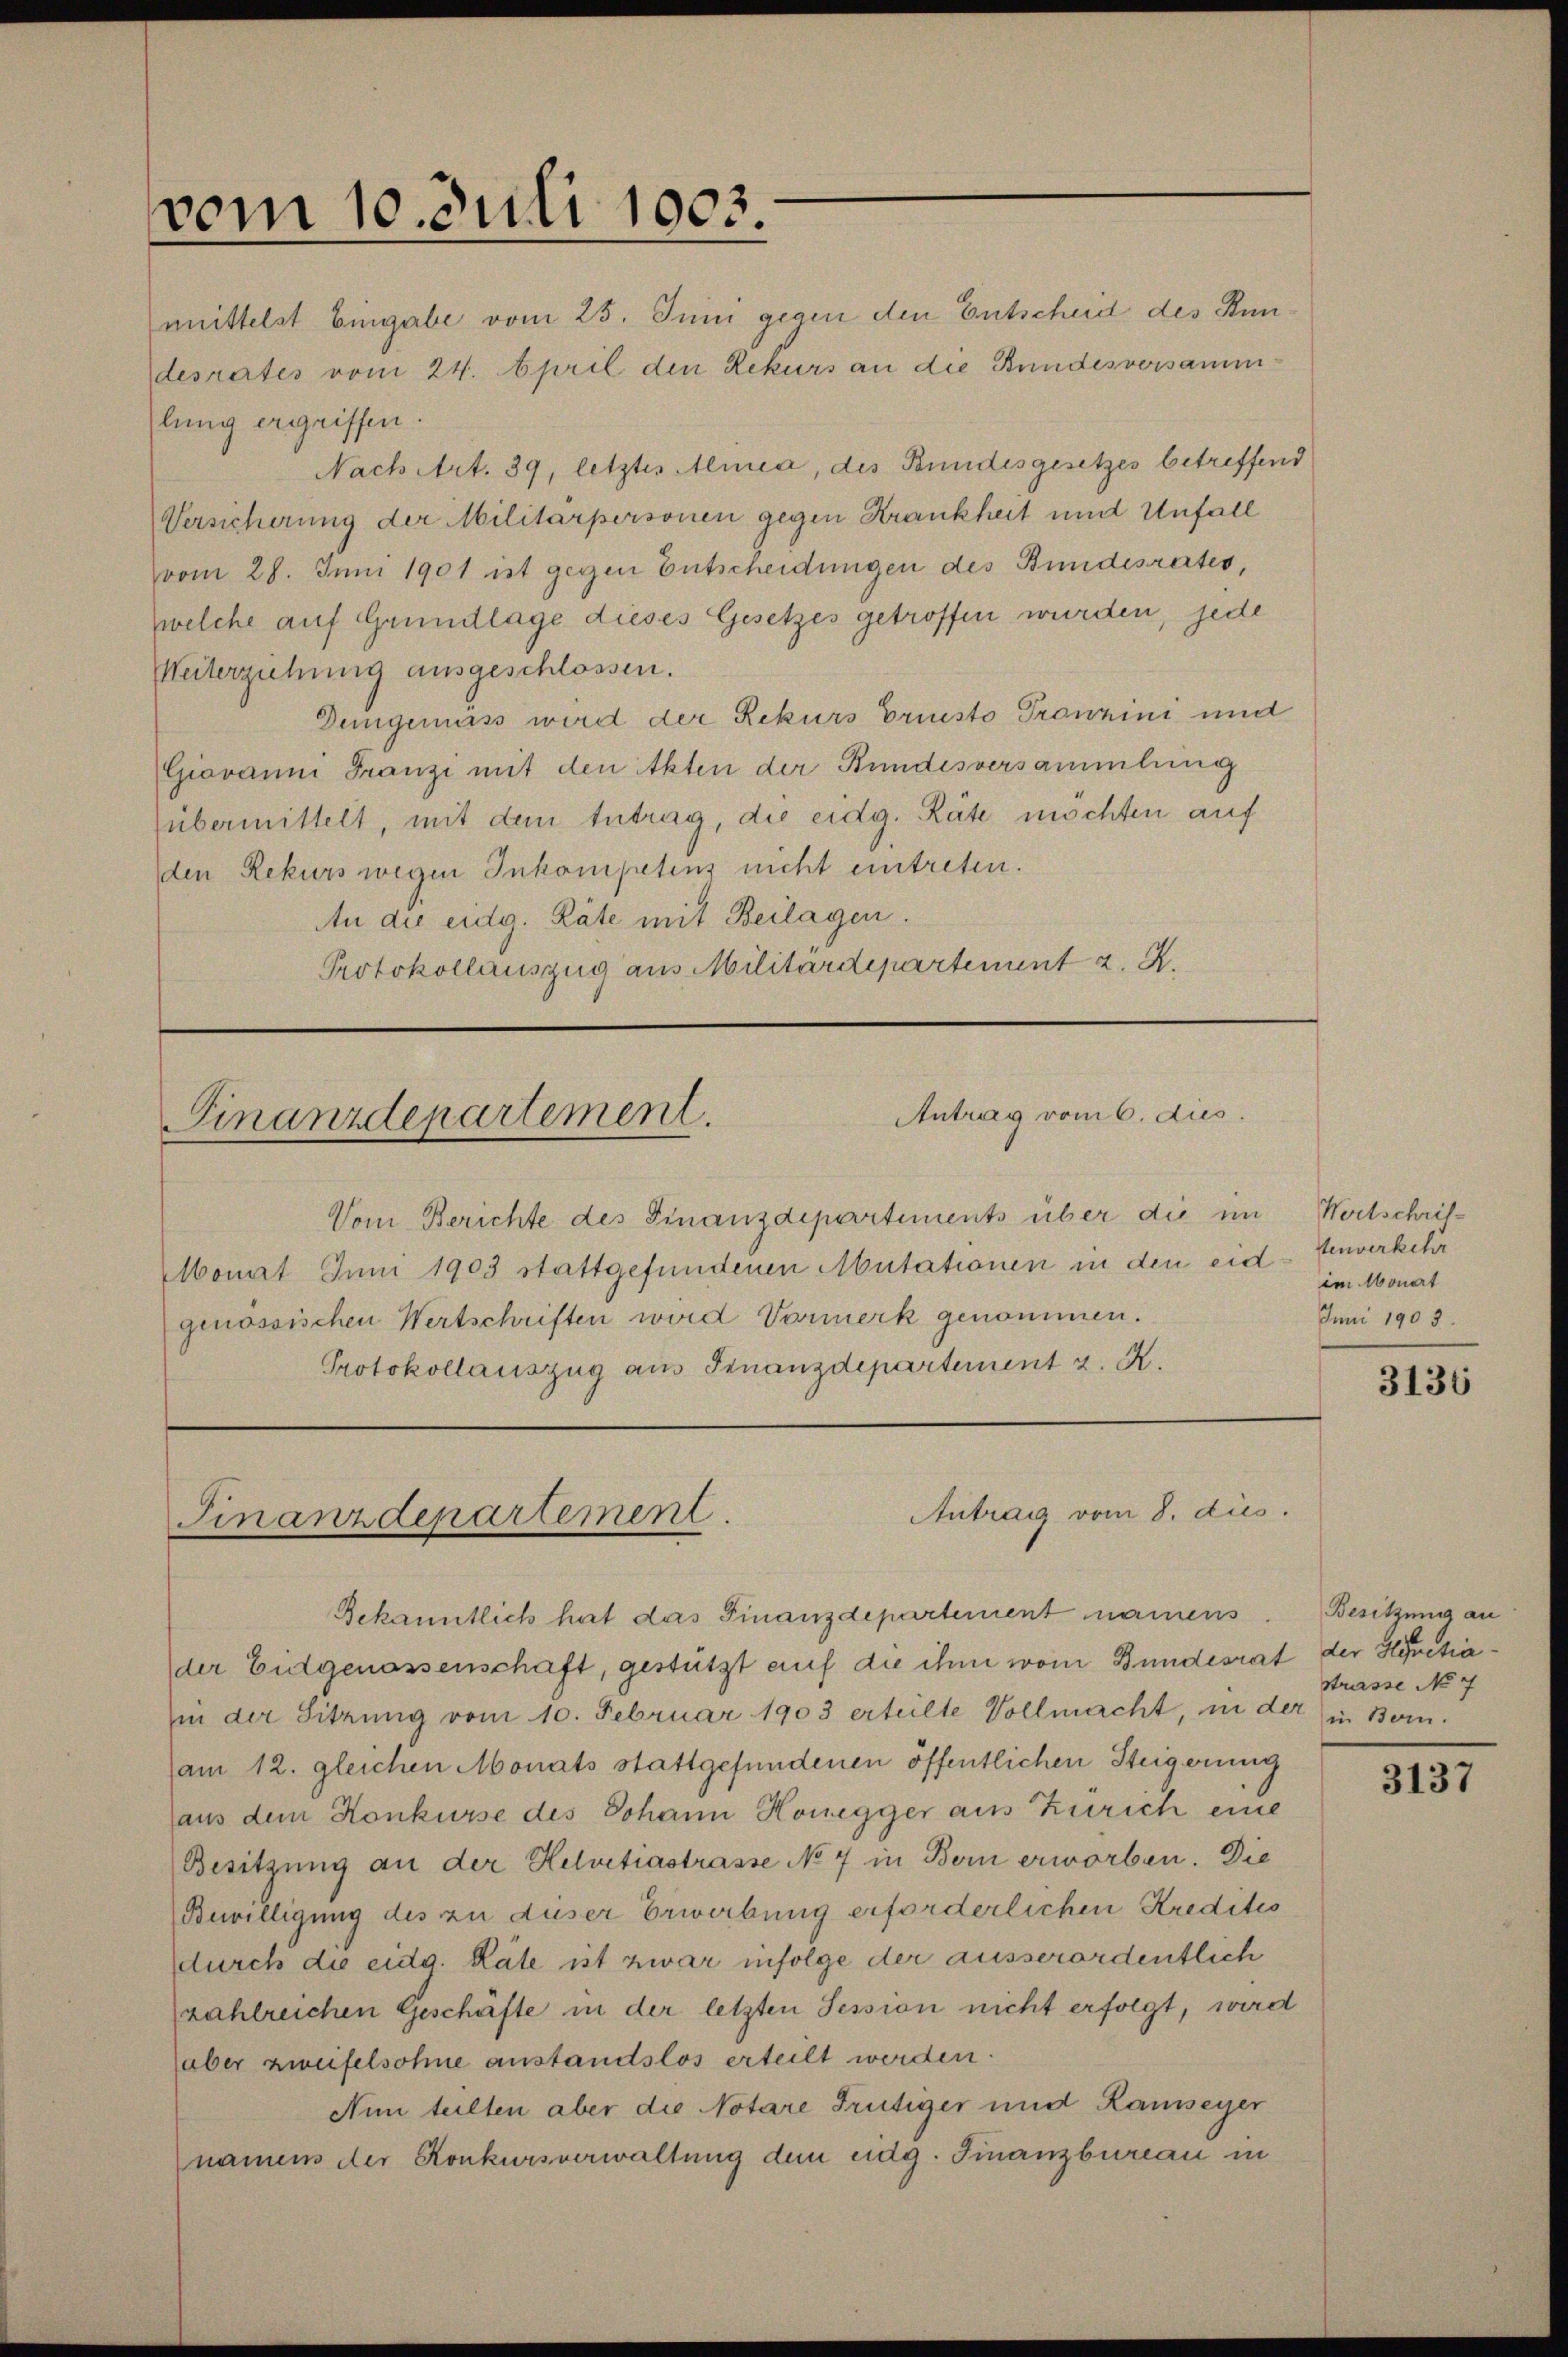
vom 10. Juli 1903.

mittelst Eingabe vom 25. Juni gegen den Entscheid des Kundesrates vom 24. April den Rekurs an die Bundesversammlung ergriffen.
Nach Art. 39, letztes Almea, des Bundesgesetzes betreffend
Versicherung der Militärpersonen gegen Krankheit und Unfall
vom 28. Juni 1901 ist gegen Entscheidungen des Bundesrates,
welche auf Grundlage dieses Gesetzes getroffen wurden, jede
Weiterziehung ausgeschlossen.
Demgemäss wird der Rekurs bruesto Prowzini und
Giovanni Franzi mit den Akten der Bundesversammlung
übermittelt, mit dem Antrag, die eidg. Räte möchten auf
den Rekurs wegen Inkompetens nicht eintreten.
An die eidg. Räte mit Beilagen.
Protokollauszug aus Militärdepartement . .

Antrag vom 6. dies
Finanzdepartement.

Vom Berichte des Finanzdepartements über die im Wortschrif¬
Monat Juni 1903 stattgefundenen Mutationen in den eid. Einverkehr
genössischen Wertschriften wird Vormerk genommen.
Protokollauszug aus Finanzdepartement z. R.

Antrag vom 8. dies.
Finanzdepartement.

Bekanntlich hat das Finanzdepartement namens
(der Eidgenossenschaft, gestützt auf die ihm vom Bundesrat der Hyvetiain der Sitzung vom 10. Februar 1903 erteilte Vollmacht, in der in Bern.
am 12. gleichen Monats stattgefundenen öffentlichen Steigerung
aus dem Konkurse des Johann Honegger aus Zürich eine
Besitzung an der Helvetiastrasse No 7 in Bern erworben. Die
Bewilligung des zu dieser Erwerbung erforderlichen Kredites
durch die eidg. Räte ist zwar infolge der ausserordentlich
zahlreichen Geschäfte in der letzten Session nicht erfolgt, wird
aber zweifelsohne anstandslos erteilt werden.
Nun teilten aber die Notare Trütiger und Ramseyer
namens der Konkursverwaltung dem eidg. Finanzbureau in

im Monat
Juni 1903.

3136

Besitzung an
Strasse No 7

3137